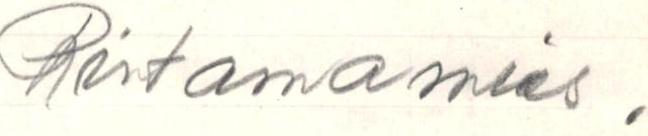
Rintamamies.